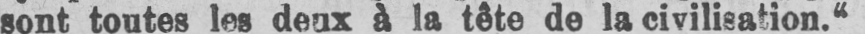
sont toutes les deux à la tête de la civilisation.“